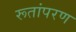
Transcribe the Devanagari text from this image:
रूतांपरण